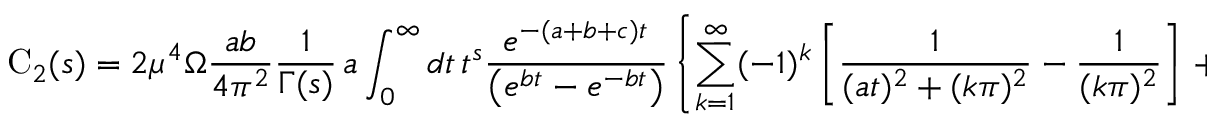
\mathrm { C } _ { 2 } ( s ) = 2 { \mu } ^ { 4 } \Omega \frac { a b } { 4 { \pi } ^ { 2 } } \frac { 1 } { \Gamma ( s ) } \, a \int _ { 0 } ^ { \infty } d t \, t ^ { s } \frac { e ^ { - ( a + b + c ) t } } { \left( e ^ { b t } - e ^ { - b t } \right) } \left\{ \sum _ { k = 1 } ^ { \infty } ( - 1 ) ^ { k } \left[ \frac { 1 } { ( a t ) ^ { 2 } + ( k \pi ) ^ { 2 } } - \frac { 1 } { ( k \pi ) ^ { 2 } } \right] \, + \right.